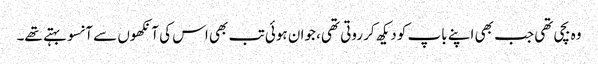
وہ بچی تھی جب بھی اپنے باپ کو دیکھ کر روتی تھی، جوان ہوئی تب بھی اس کی آنکھوں سے آنسو بہتے تھے۔